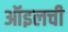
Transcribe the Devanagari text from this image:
ऑइलची